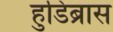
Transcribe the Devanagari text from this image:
हुडिब्रास